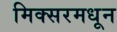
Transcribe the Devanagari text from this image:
मिक्सरमधून